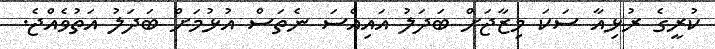
ކުރީގެ ރުޅިއާ ސަކަ މިޒާޖަށް ބަދަލު އައިއްސަ ނެތަސް އުޅުމަށް ބަދަލު އަތުވެއްޖެ.